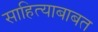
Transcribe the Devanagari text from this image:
साहित्याबाबत